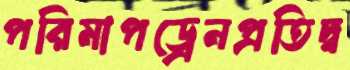
পরিমাপড্রেনপ্রতিদ্ব